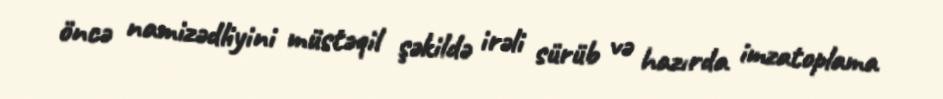
öncə namizədliyini müstəqil şəkildə irəli sürüb və hazırda imzatoplama